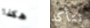
هكذا تتأكد